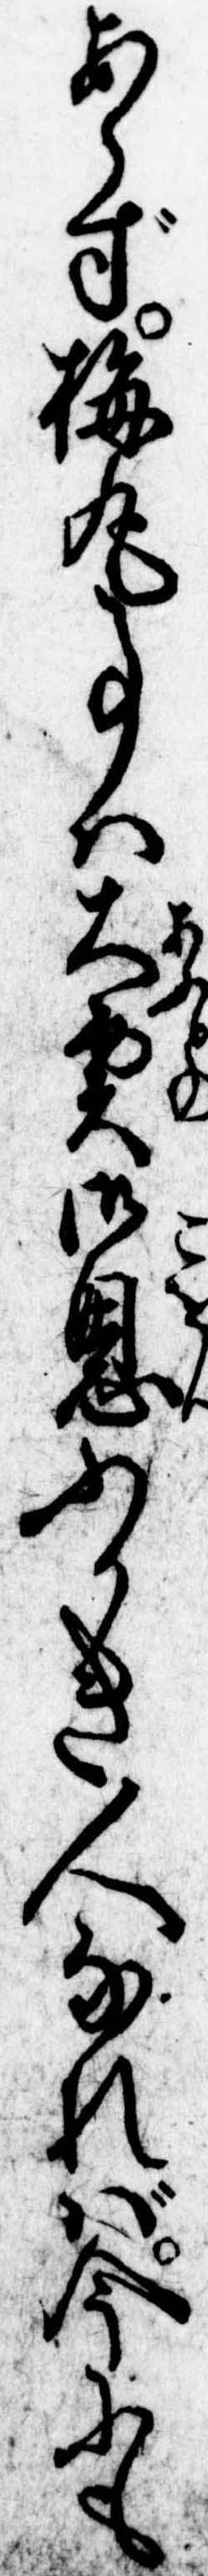
あらず梅丸事は大殿御恩ふかき人なれば今にも